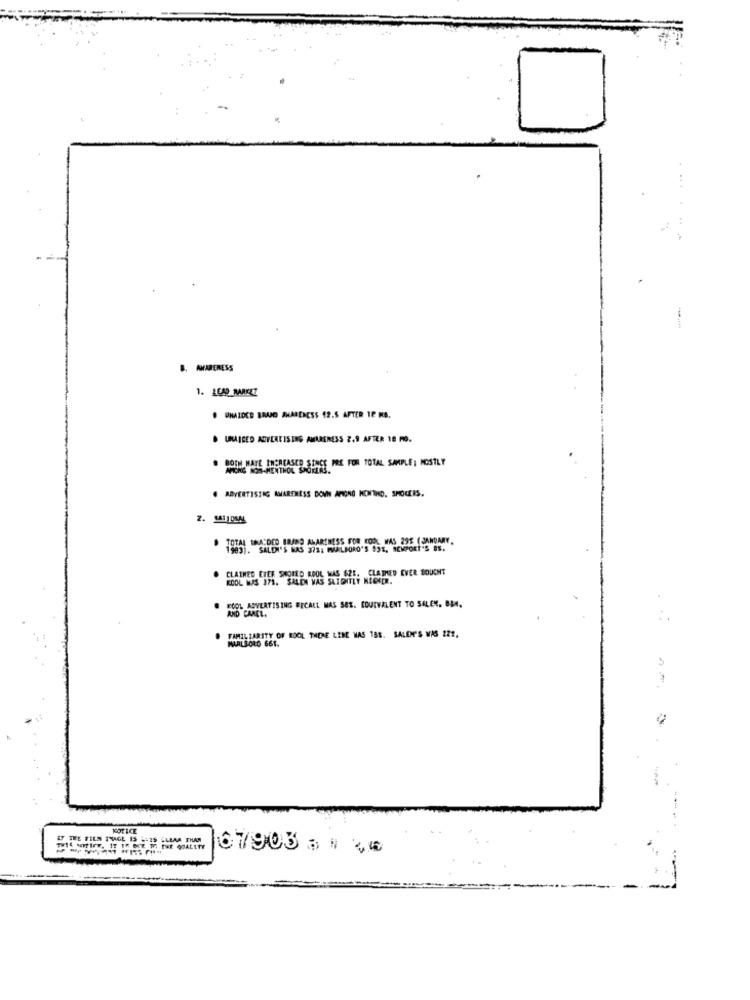
1. LEAD_MARKEZ
· DHAIDEE BRAND AWARENESS 42.5 AFTER 12 MB.
· UMAICED ADVERTISING AMARERESS 2,9 AFTER 18 MO.
APORG NOS-HENTHORASINGS, PE FOR TOTAL SAMPLE ; MOSTLY
· ADVERTISING AWARENESS DONN APRONO MONTHD. SHOCKIS.
TOTAL BRA:DCO BRAND AWARENESS FOR KOOL WAS 29E ( JANUARY,
. SALDI'S MAS 372: PMARLBORO'S 931, NEWPORT'S ES.
CLATHES EIER SHORED KOOL MAS 625. CLAIMED EVER SOUGHT
KOOL WAS 171. SALEN WAS SAIDITLY NECHER.
KOOL ADVERTISING RECALL MAS SES. EQUIVALENT TO SALEN. BU4.
FAMILIARITY OF BOOL THERE LEME WAS 188. SALEN'S WAS 221.
MAALSOLO 661.
NOTICE
LY THE FILM TYVAGE 15 -- 25 CLEAR THAN
67905 3 1 40